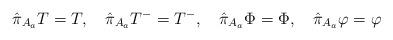
LaTeX: \begin{align*}\hat{\pi}_{A_a} T=T ,\quad\hat{\pi}_{A_a} T^-=T^- ,\quad\hat{\pi}_{A_a} \Phi=\Phi ,\quad\hat{\pi}_{A_a} \varphi=\varphi\end{align*}